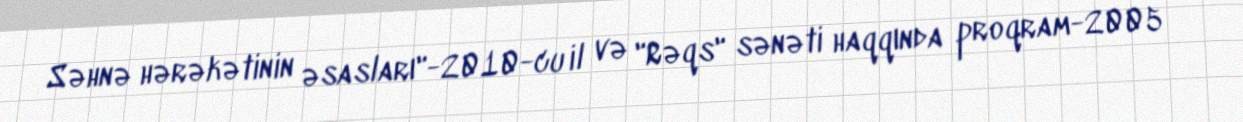
Səhnə hərəkətinin əsasları"-2010-cu il və "Rəqs" sənəti haqqında proqram-2005